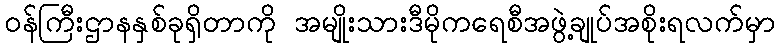
ဝန်ကြီးဌာနနှစ်ခုရှိတာကို အမျိုးသားဒီမိုကရေစီအဖွဲ့ချုပ်အစိုးရလက်မှာ